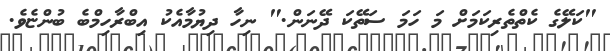
"ކަލޭގެ ކެތްތެރިކަމަށް މަ ހަމަ ސަތޭކަ ދޭނަން." ނިހާ ދިޔުމާއެކު އިބްރާހިމްބެ ބުންޏެވެ.